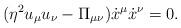
LaTeX: \begin{align*} (\eta^2u_\mu u_\nu-\Pi_{\mu\nu})\dot{x}^\mu\dot{x}^\nu=0.\end{align*}